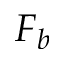
F _ { b }